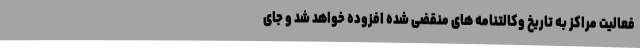
فعالیت مراکز به تاریخ وکالتنامه های منقضی شده افزوده خواهد شد و جای